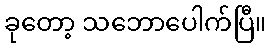
ခုတော့ သဘောပေါက်ပြီ။